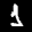
Label: 1